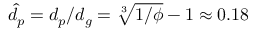
\hat { d } _ { p } = d _ { p } / d _ { g } = \sqrt [ 3 ] { 1 / \phi } - 1 \approx 0 . 1 8